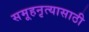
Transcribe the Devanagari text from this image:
समूहनृत्यासाठी